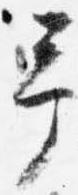
予